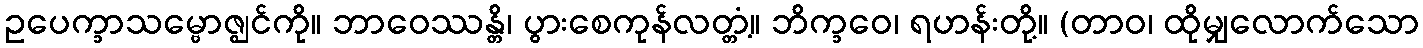
ဥပေက္ခာသမ္ဗောဇ္ဈင်ကို။ ဘာဝေဿန္တိ၊ ပွားစေကုန်လတ္တံ့။ ဘိက္ခဝေ၊ ရဟန်းတို့။ (တာဝ၊ ထိုမျှလောက်သော